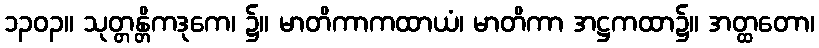
၁၃၀၃။ သုတ္တန္တိကဒုကေ၊ ၌။ မာတိကာကထာယံ၊ မာတိကာ အဋ္ဌကထာ၌။ အတ္ထတော၊